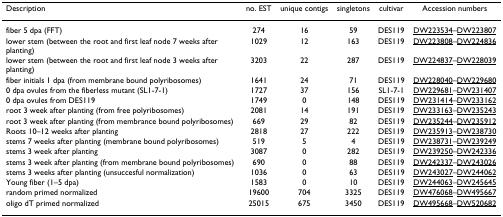
| Description | no. EST | unique contigs | singletons | cultivar | Accession numbers |
 | --- | --- | --- | --- | --- | --- |
 | fiber 5 dpa (FFT) | 274 | 16 | 59 | DES119 | DW223534–DW223807 |
 | lower stem (between the root and first leaf node 7 weeks after planting) | 1029 | 12 | 163 | DES119 | DW223808–DW224836 |
 | lower stem (between the root and first leaf node 3 weeks after planting) | 3203 | 22 | 287 | DES119 | DW224837–DW228039 |
 | fiber initials 1 dpa (from membrane bound polyribosomes) | 1641 | 24 | 71 | DES119 | DW228040–DW229680 |
 | 0 dpa ovules from the fiberless mutant (SL1-7-1) | 1727 | 37 | 156 | SL1-7-1 | DW229681–DW231407 |
 | 0 dpa ovules from DES119 | 1749 | 0 | 148 | DES119 | DW231414–DW233162 |
 | root 3 week after planting (from free polyribosomes) | 2081 | 14 | 191 | DES119 | DW233163–DW235243 |
 | root 3 week after planting (from membrance bound polyribosomes) | 669 | 29 | 82 | DES119 | DW235244–DW235912 |
 | Roots 10–12 weeks after planting | 2818 | 27 | 222 | DES119 | DW235913–DW238730 |
 | stems 7 weeks after planting (membrane bound polyribosomes) | 519 | 5 | 4 | DES119 | DW238731–DW239249 |
 | stems 3 week after planting | 3087 | 0 | 282 | DES119 | DW239250–DW242336 |
 | stems 3 week after planting (from membrane bound polyribosomes) | 690 | 0 | 88 | DES119 | DW242337–DW243026 |
 | stems 3 weeks after planting (unsuccesful normalization) | 1036 | 0 | 63 | DES119 | DW243027–DW244062 |
 | Young fiber (1–5 dpa) | 1583 | 0 | 10 | DES119 | DW244063–DW245645 |
 | random primed normalized | 19600 | 704 | 3325 | DES119 | DW476068–DW495667 |
 | oligo dT primed normalized | 25015 | 675 | 3450 | DES119 | DW495668–DW520682 |